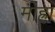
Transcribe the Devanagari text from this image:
मोह्रा